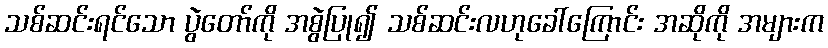
သစ်ဆင်းရင်သော ပွဲတော်ကို အစွဲပြု၍ သစ်ဆင်းလဟုခေါ်ကြောင်း အဆိုကို အများက